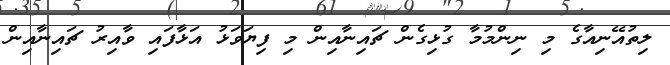
ލިތުއޭނިއާގެ މި ނިންމުމާ ގުޅިގެން ޗައިނާއިން މި ފިޔަވަޅު އަޅާފައި ވާއިރު ޗައިނާއިން